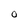
Character: O